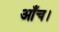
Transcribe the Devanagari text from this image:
आँच।